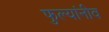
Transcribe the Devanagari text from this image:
फुल्यांनीव